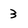
Character: 3